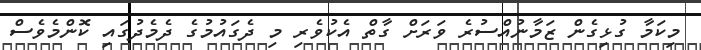
މިކަމާ ގުޅިގެން ޒަމާނުއްސުރެ ވަރަށް ގާތް އެކުވެރި މި ދެގައުމުގެ ދެމެދުގައި ކޮންމެވެސް